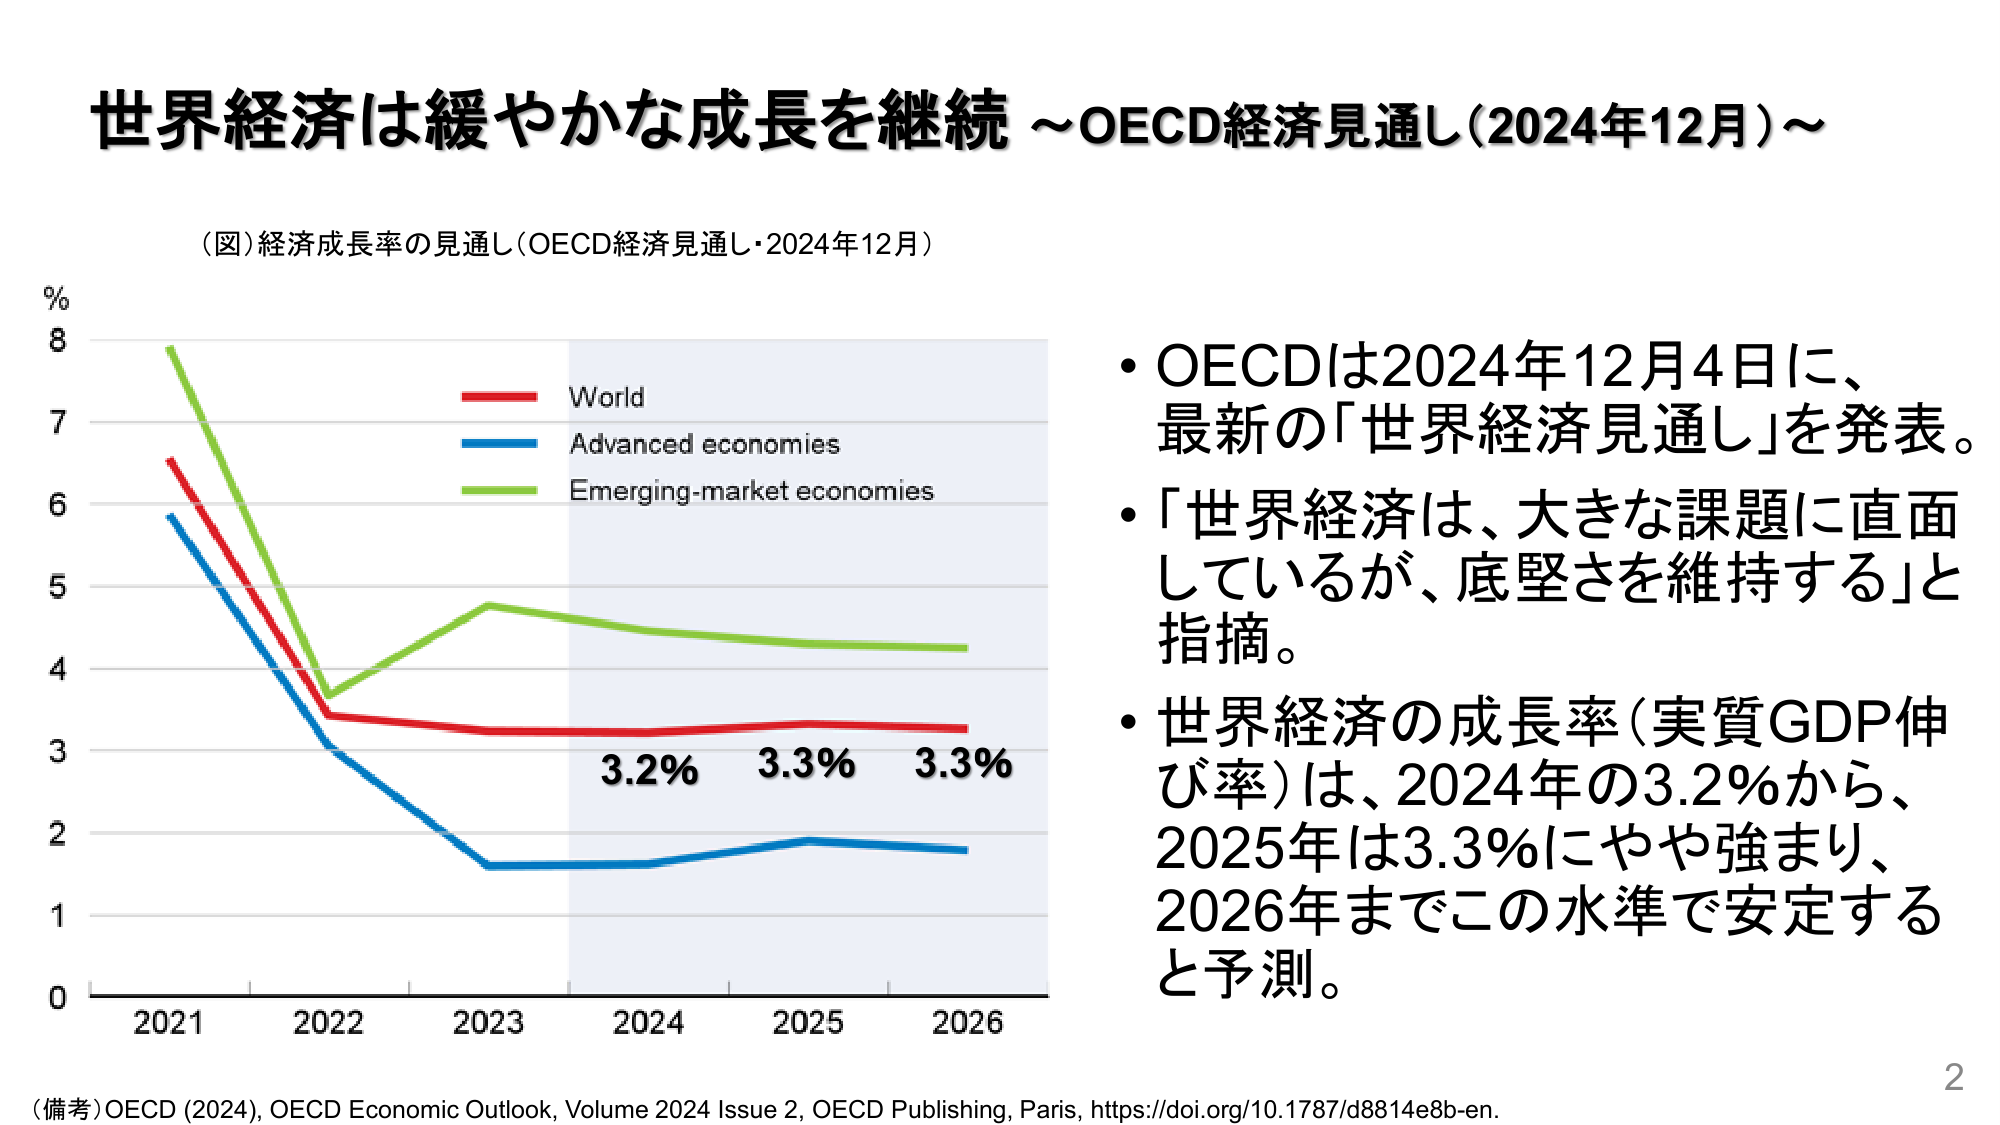
世界経済は緩やかな成長を継続 ～OECD経済見通し（2024年12月）～

（図）経済成長率の見通し（OECD経済見通し・2024年12月）

%
8
7
6
5
4
3
2
1
0
2021 2022 2023 2024 2025 2026

World
Advanced economies
Emerging-market economies

3.2% 3.3% 3.3%

• OECDは2024年12月4日に、
最新の「世界経済見通し」を発表。
• 「世界経済は、大きな課題に直面
しているが、底堅さを維持する」と
指摘。
• 世界経済の成長率（実質GDP伸
び率）は、2024年の3.2%から、
2025年は3.3%にやや強まり、
2026年までこの水準で安定する
と予測。

（備考）OECD (2024), OECD Economic Outlook, Volume 2024 Issue 2, OECD Publishing, Paris, https://doi.org/10.1787/d8814e8b-en.

2